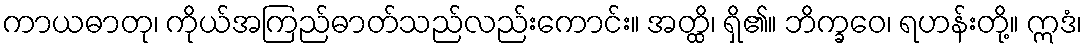
ကာယဓာတု၊ ကိုယ်အကြည်ဓာတ်သည်လည်းကောင်း။ အတ္ထိ၊ ရှိ၏။ ဘိက္ခဝေ၊ ရဟန်းတို့။ ဣဒံ၊